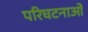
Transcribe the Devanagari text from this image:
परिघटनाओ